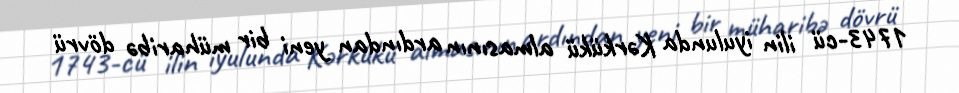
1743-cü ilin iyulunda Kərkükü almasının ardından yeni bir müharibə dövrü